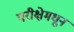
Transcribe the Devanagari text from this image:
परीक्षेमधून